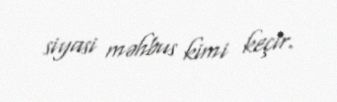
siyasi məhbus kimi keçir.